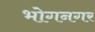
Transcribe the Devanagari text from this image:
भोगनगर